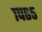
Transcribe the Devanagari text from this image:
१प६५